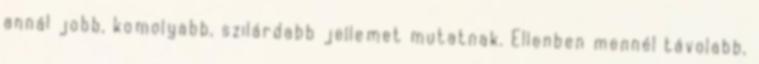
annál jobb, komolyabb, szilárdabb jellemet mutatnak. Ellenben mennél távolabb,